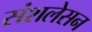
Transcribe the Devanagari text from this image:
संशलेसन